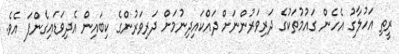
ރީތި އަހުލާގު އެހެން ގައުމުތަކުގެ ދަރިވަރުންނަށް ދައްކައިދިނުމަށް ދަރިވަރުންގެ ކިބައިން އެދިވަޑައިގެންފަ އެވެ.